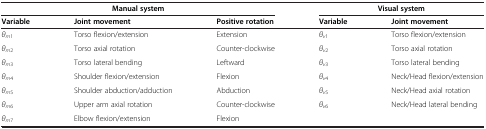
| <COLSPAN=3> Manual system | <COLSPAN=2> Visual system |
 | Variable | Joint movement | Positive rotation | Variable | Joint movement |
 | --- | --- | --- | --- | --- |
 | θm1 | Torso flexion/extension | Extension | θv1 | Torso flexion/extension |
 | θm2 | Torso axial rotation | Counter-clockwise | θv2 | Torso axial rotation |
 | θm3 | Torso lateral bending | Leftward | θv3 | Torso lateral bending |
 | θm4 | Shoulder flexion/extension | Flexion | θv4 | Neck/Head flexion/extension |
 | θm5 | Shoulder abduction/adduction | Abduction | θv5 | Neck/Head axial rotation |
 | θm6 | Upper arm axial rotation | Counter-clockwise | θv6 | Neck/Head lateral bending |
 | θm7 | Elbow flexion/extension | Flexion |  |  |